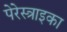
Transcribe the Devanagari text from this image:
पेरेस्त्राइका